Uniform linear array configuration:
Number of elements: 12
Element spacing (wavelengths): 0.5
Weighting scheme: hann
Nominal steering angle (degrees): -15
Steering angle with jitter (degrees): -14.626
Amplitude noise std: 0.05
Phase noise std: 0.05

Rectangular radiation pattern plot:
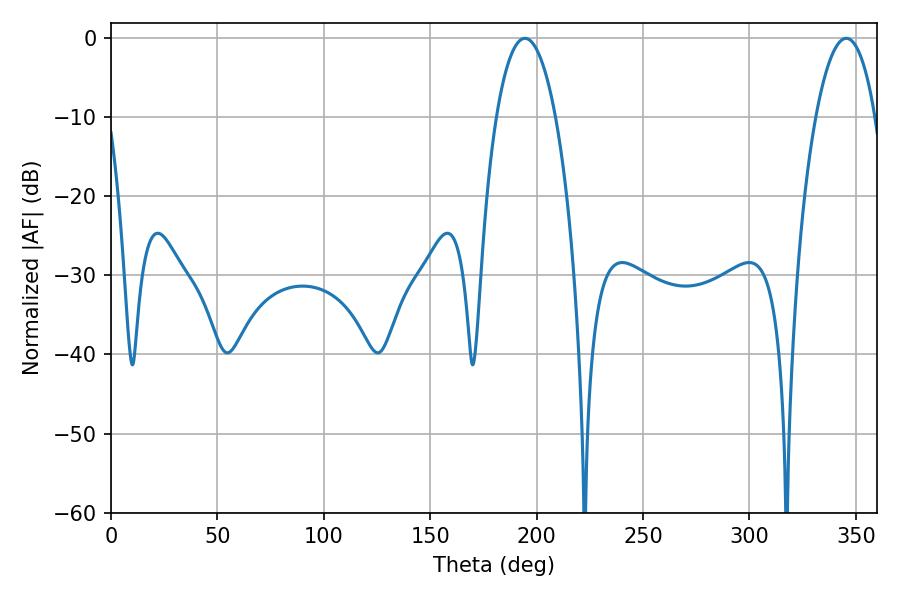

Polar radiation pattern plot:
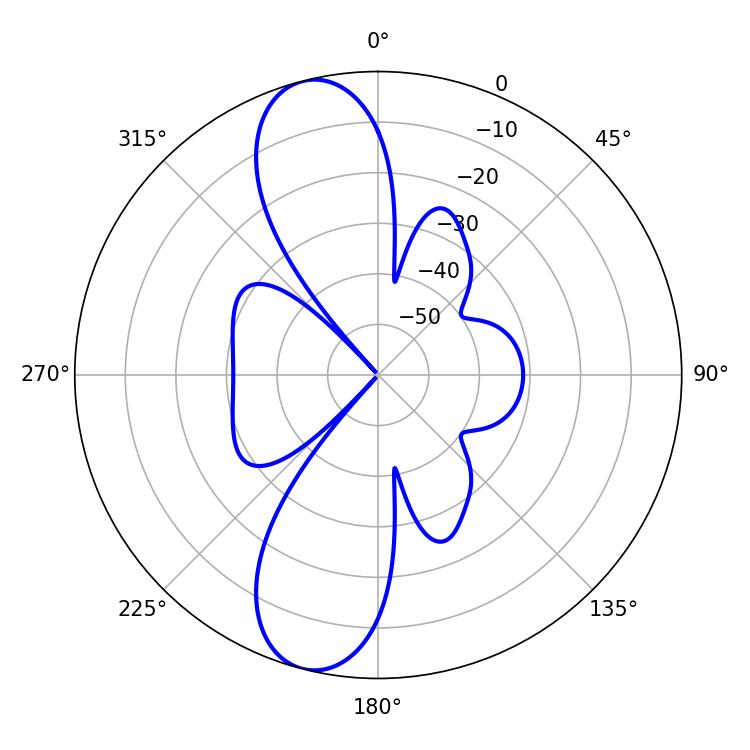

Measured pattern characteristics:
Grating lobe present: FALSE
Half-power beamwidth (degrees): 15.66
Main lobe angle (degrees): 345.42